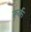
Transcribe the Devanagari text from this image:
रूर्क